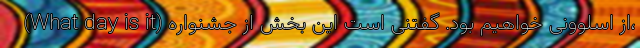
(What day is it) از اسلوونی خواهیم بود. گفتنی است این بخش از جشنواره،